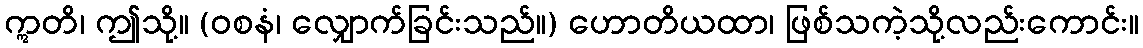
ဣတိ၊ ဤသို့။ (ဝစနံ၊ လျှောက်ခြင်းသည်။) ဟောတိယထာ၊ ဖြစ်သကဲ့သို့လည်းကောင်း။